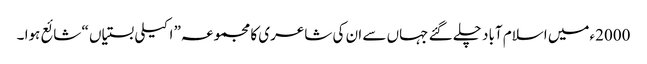
2000ءمیں اسلام آباد چلے گئے جہاں سے ان کی شاعری کا مجموعہ” اکیلی بستیاں “ شائع ہوا ۔